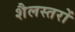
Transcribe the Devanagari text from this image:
शैलस्तरों